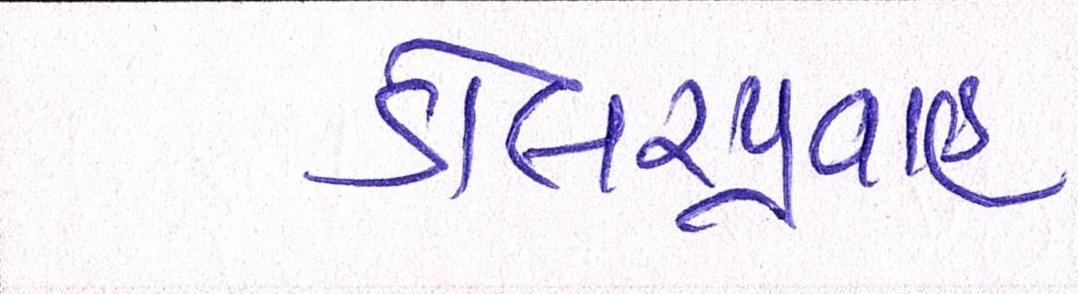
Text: ડોલરપ્રવાહ